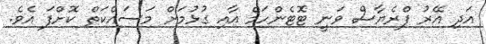
އަދި އޭރު ފްރެޔާސް ވަނީ ޓޮޓެންހަމް އާއި ގުޅުމަށް މަސައްކަތް ކޮށްފަ އެވެ.